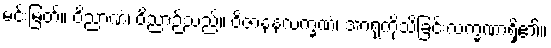
မင်းမြတ်။ ဝိညာဏံ၊ ဝိညာဉ်သည်။ ဝိဇာနနလက္ခဏံ၊ အာရုံကိုသိခြင်းလက္ခဏာရှိ၏။